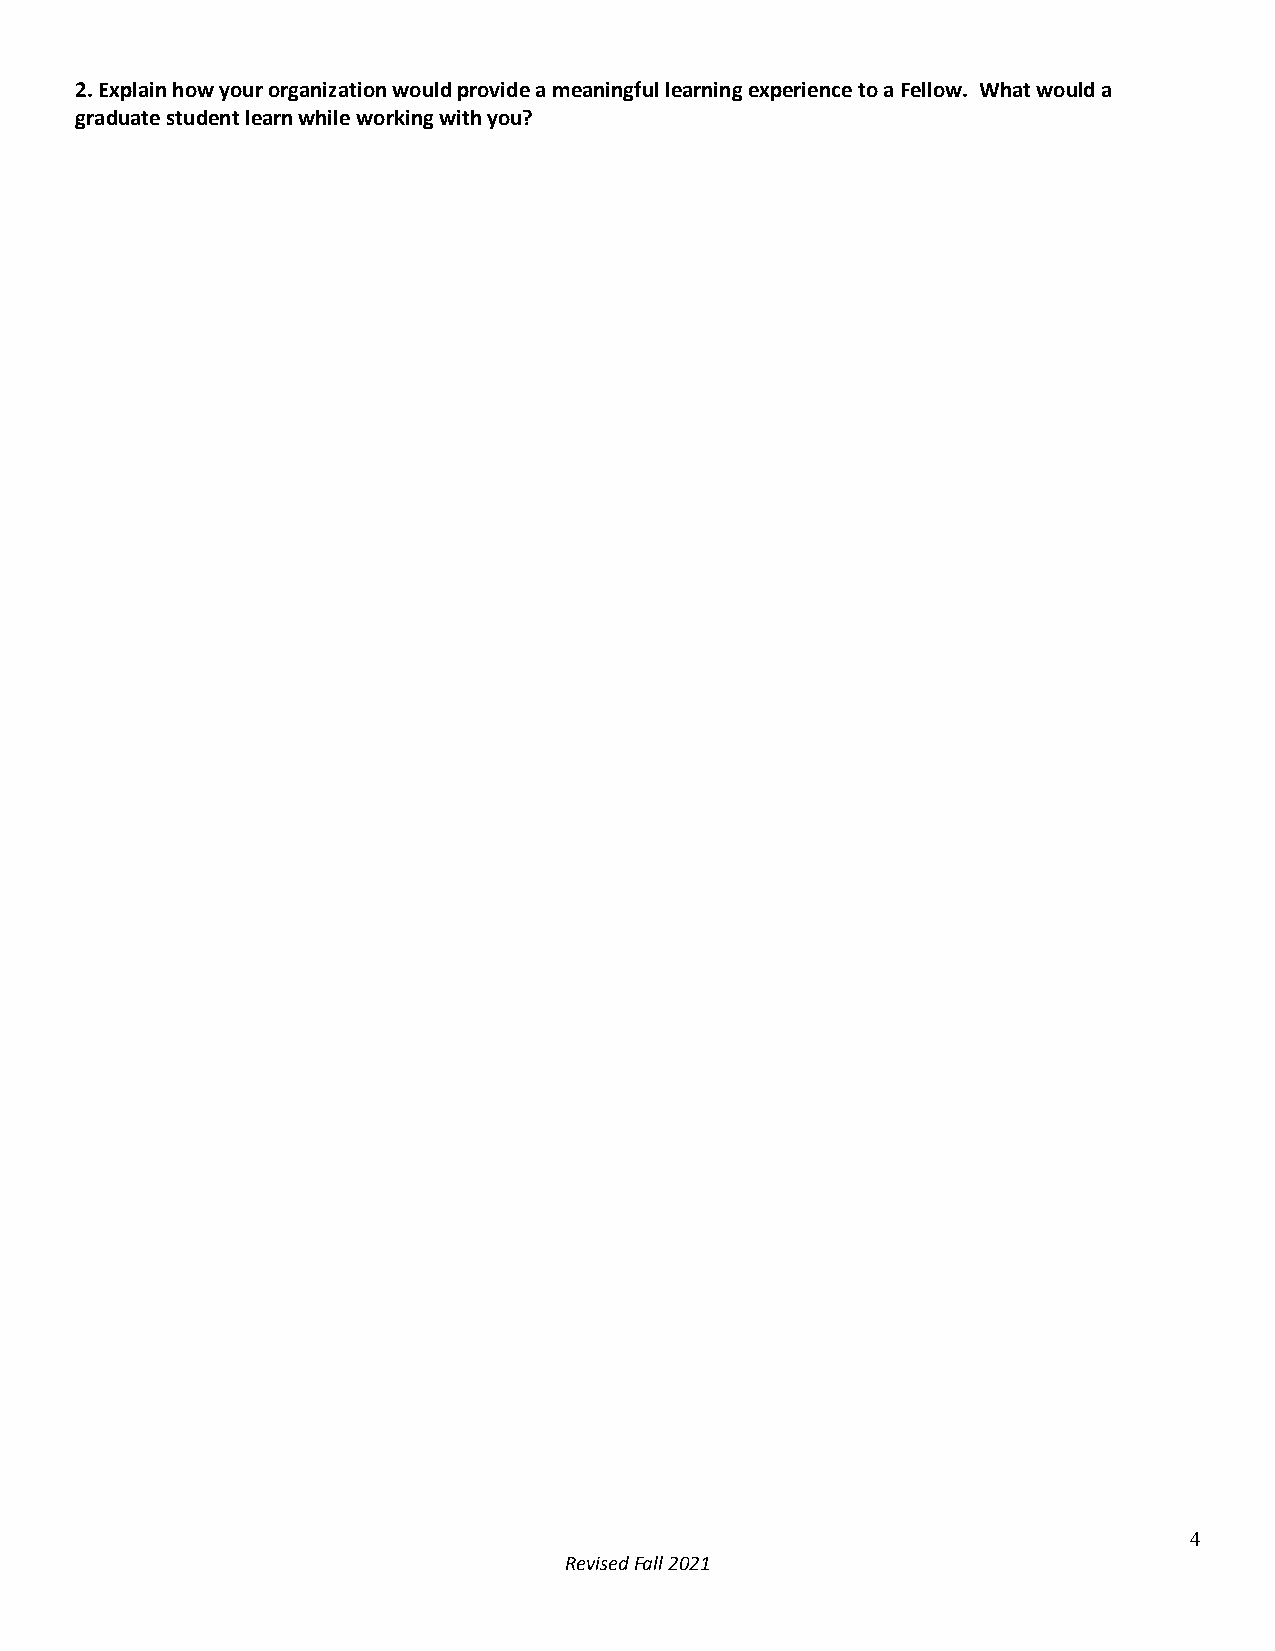
2. Explain how your organization would provide a meaningful learning experience to a Fellow. What would a
 graduate student learn while working with you?
 4
 Revised Fall 2021